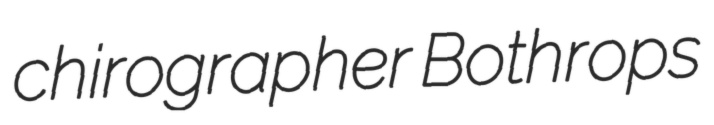
chirographer Bothrops